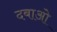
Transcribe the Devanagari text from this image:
दबाओ